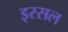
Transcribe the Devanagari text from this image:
इस्सल